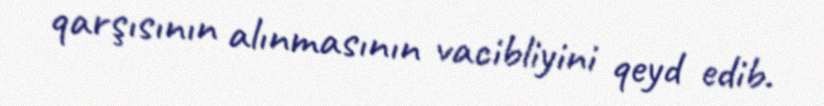
qarşısının alınmasının vacibliyini qeyd edib.